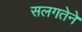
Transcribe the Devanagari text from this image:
सलगतेने